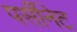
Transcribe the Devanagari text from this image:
पर्सीनेट